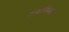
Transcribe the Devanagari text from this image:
टर्बोमेका